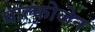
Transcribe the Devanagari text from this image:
चाल्कोजेन